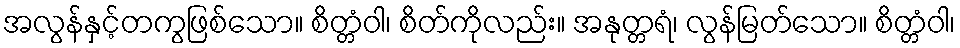
အလွန်နှင့်တကွဖြစ်သော။ စိတ္တံဝါ၊ စိတ်ကိုလည်း။ အနုတ္တရံ၊ လွန်မြတ်သော။ စိတ္တံဝါ၊